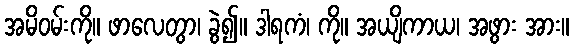
အမိဝမ်းကို။ ဖာလေတွာ၊ ခွဲ၍။ ဒါရကံ၊ ကို။ အယျိကာယ၊ အဖွား အား။